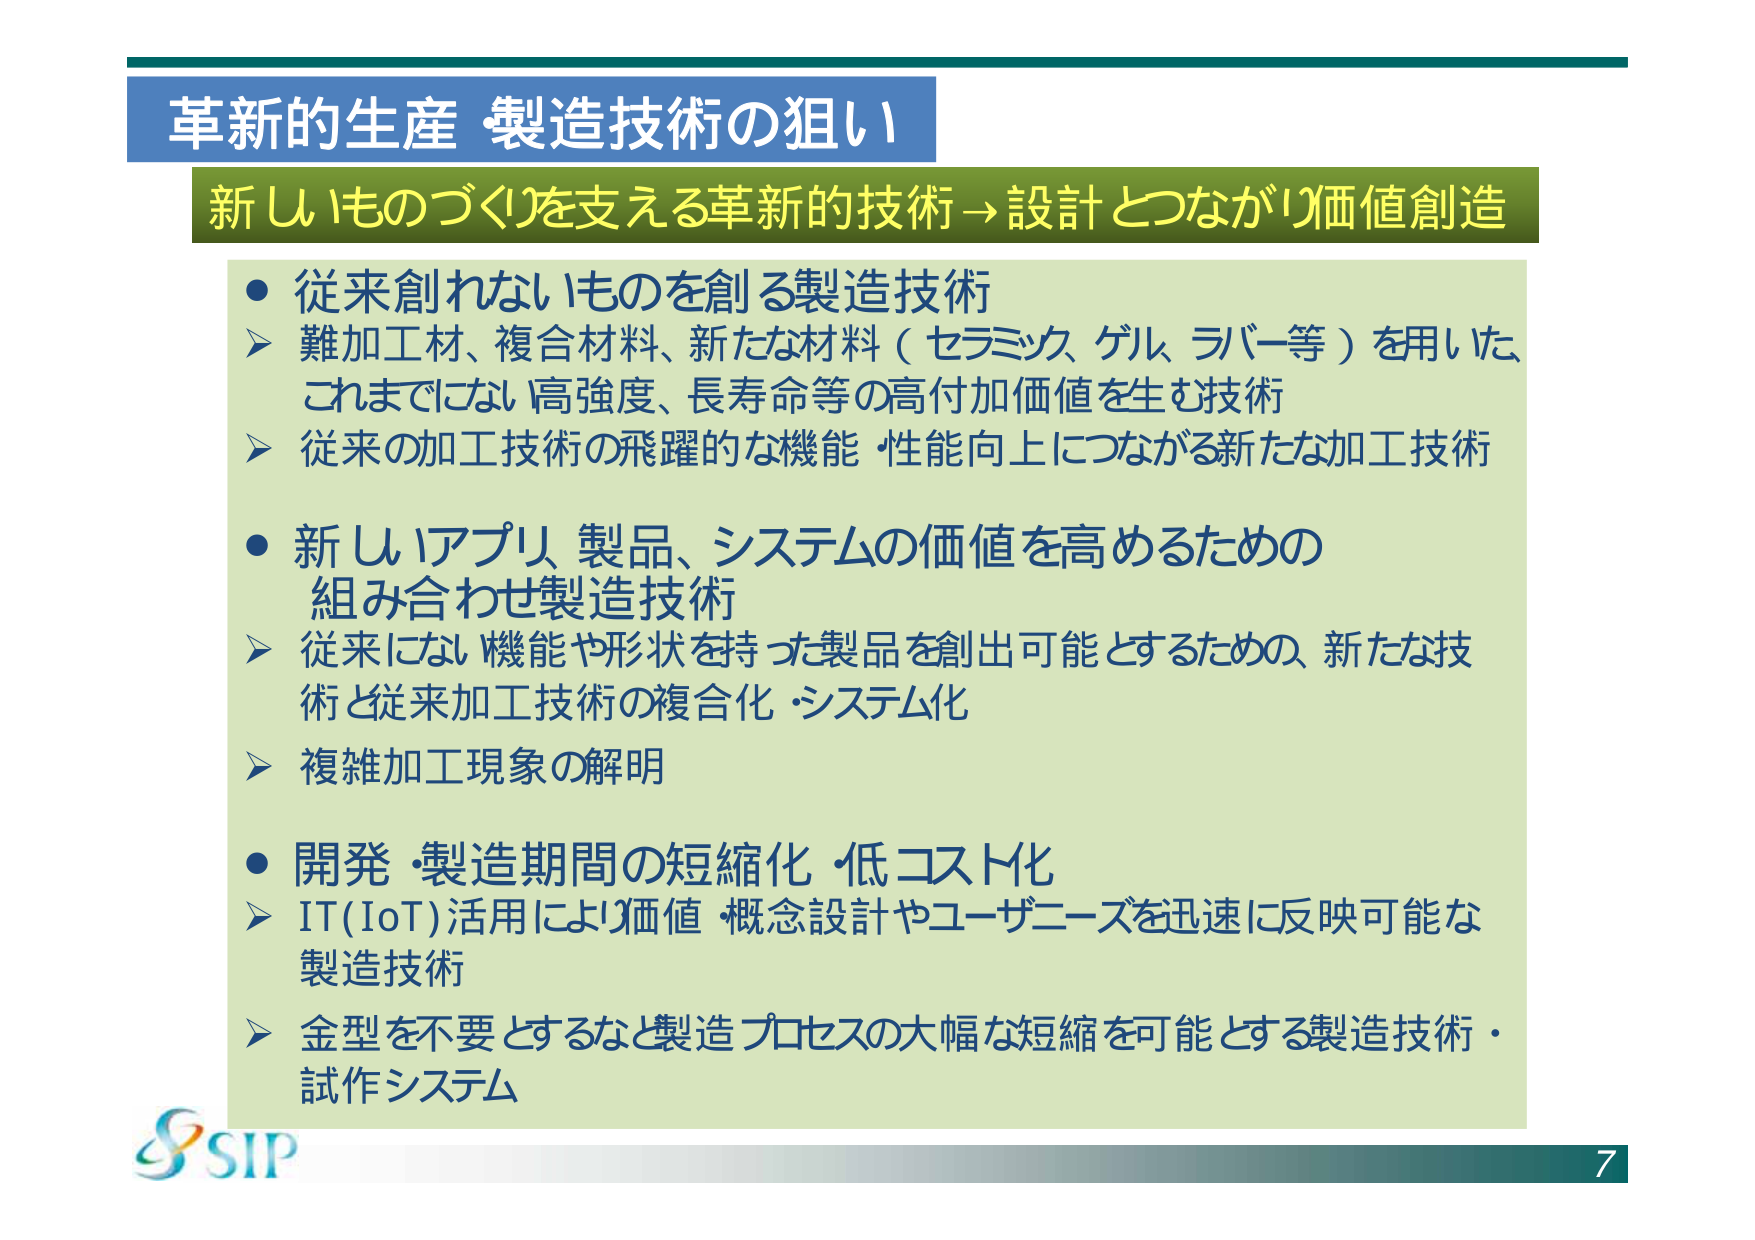
革新的生産・製造技術の狙い
新しものづくりを支える革新的技術→設計とつながり価値創造

● 従来創れないものを創る製造技術
　▶ 難加工材、複合材料、新たな材料（セラミック、ゲル、ラバー等）を用いた、
　　これまでにない高強度、長寿命等の高付加価値を生む技術
　▶ 従来の加工技術の飛躍的な機能・性能向上につながる新たな加工技術

● 新しいアプリ、製品、システムの価値を高めるための
　　組み合わせ製造技術
　▶ 従来にはない機能や形状を持った製品を創出可能とするための、新たな技術と従来加工技術の複合化・システム化
　▶ 複雑加工現象の解明

● 開発・製造期間の短縮化・低コスト化
　▶ IT（IoT）活用により価値・概念設計やユーザニーズを迅速に反映可能な製造技術
　▶ 金型を不要とするなど製造プロセスの大幅な短縮を可能とする製造技術・試作システム

SIP
7